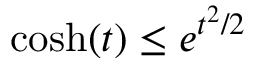
\cosh ( t ) \leq e ^ { t ^ { 2 } / 2 }